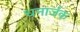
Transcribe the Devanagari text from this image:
धनार्जक